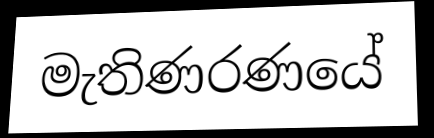
මැතිණරණයේ